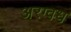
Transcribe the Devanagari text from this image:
अरग्वध